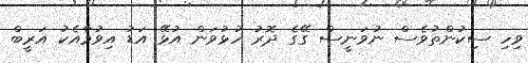
ވިހި ސިކުންތުވެސް ނުވަނީސް ގޭގެ ދޮރު ހުޅުވަން އުޅޭ އަޑު އިވުމާއެކު އަރީބް